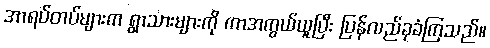
အာရပ်တပ်များက ရွာသားများကို ကာအကွယ်ယူပြီး ပြန်လည်ခုခံကြသည်။